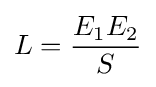
L={E_{1}E_{2} \over S}